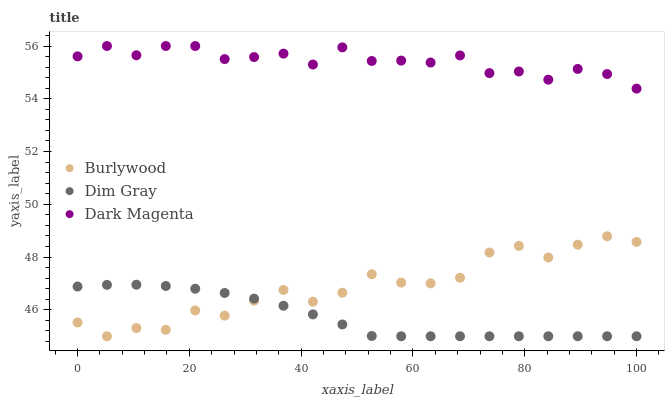
| xaxis_label | Burlywood | Dim Gray | Dark Magenta |
 | --- | --- | --- | --- |
 | 0 | 45.5 | 46.9 | 55.6 |
 | 5.26 | 45 | 46.9 | 56 |
 | 10.5 | 45.3 | 47 | 55.6 |
 | 15.8 | 45.2 | 46.9 | 56 |
 | 21.1 | 46 | 46.8 | 56 |
 | 26.3 | 45.8 | 46.6 | 55.5 |
 | 31.6 | 46.3 | 46.4 | 55.6 |
 | 36.8 | 46.8 | 46.2 | 55.7 |
 | 42.1 | 46.3 | 45.8 | 55.3 |
 | 47.4 | 46.7 | 45.4 | 55.9 |
 | 52.6 | 47.3 | 45 | 55.4 |
 | 57.9 | 47 | 45 | 55.4 |
 | 63.2 | 47 | 45 | 55.4 |
 | 68.4 | 47.2 | 45 | 55.6 |
 | 73.7 | 48.2 | 45 | 55 |
 | 78.9 | 48.4 | 45 | 55 |
 | 84.2 | 48 | 45 | 54.7 |
 | 89.5 | 48.5 | 45 | 55.1 |
 | 94.7 | 48.8 | 45 | 54.9 |
 | 100 | 48.6 | 45 | 54.4 |